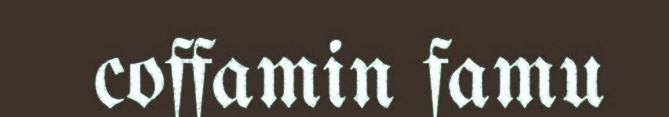
coffamin famu